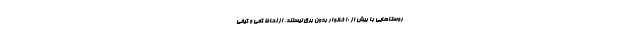
روستا‌هایی با بیش از ۱۰ خانوار بدون برق نیستند. از لحاظ کمی و کیفی